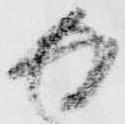
返